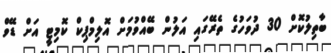
ބާތިލުކޮށް 30 ދުވަހުގެ ތެރޭގައި އަލުން ބޭއްވުމަށް އޮލިމްޕިކް ކޮމިޓީ އަށް ޑޭވް